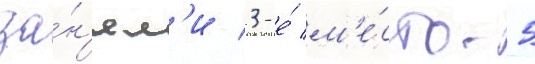
за́н'ял'и 3-е́ м'е́сто. 5